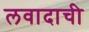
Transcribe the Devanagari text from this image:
लवादाची